Lunatic asylums Central Provinces reports 1910-1926 - 1910-1926
Year: 1910
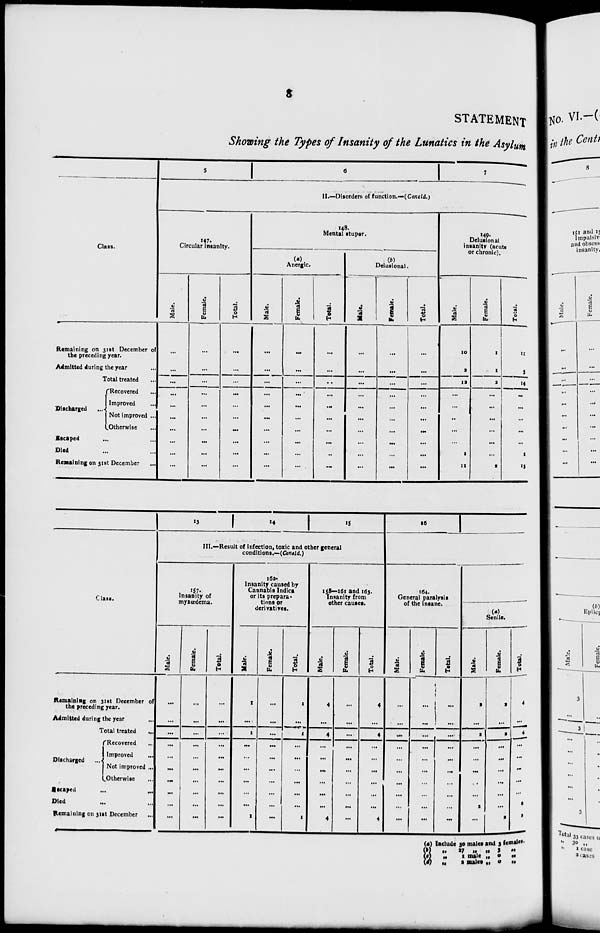
8
STATEMENT
Showing the Types of Insanity of the Lunatics in the Asylum
Class.
Remaining on 31st December of
the preceding year.
Admitted during the year ...
Total treated ...
Discharged
Recovered ...
Improved ...
Not improved ...
Otherwise ...
Escaped ... ...
Died ... ...
Remaining on 31st December
...
5
6
7
II.—Disorders of function.—(Concld.)
Circular insanity.
Male.
...
...
...
...
...
...
...
...
...
...
Female.
...
...
...
...
...
...
...
...
...
...
Total.
...
...
...
...
...
...
...
...
...
...
148.
Mental stupor.
(a)
Anergic.
Male.
...
...
...
...
...
...
...
...
...
...
Female.
...
...
...
...
...
...
...
...
...
...
Total.
...
...
...
...
...
...
...
...
..
...
(b)
Delusional.
Male
...
...
...
...
...
...
...
...
...
...
Female.
...
...
...
...
...
...
...
...
...
...
Total.
...
...
...
...
...
...
...
...
...
...
149.
Delusional
insanity (acute
or chronic).
Male.
10
2
12
...
...
...
...
...
1
11
Female.
1
1
2
...
...
...
...
...
...
2
Total.
11
3
14
...
...
...
...
...
1
13
Class.
Remaining on 31st December of
the preceding year.
Admitted during the year
...
Total treated ...
Discharged
Recovered ...
Improved
...
Not improved ...
Otherwise ...
Escaped ... ...
Died ... ...
Remaining on 31st December ...
13 14
15
III.—Result of infection, toxic and other general
conditions.—(Concld.)
Insanity of
myxœdema.
Male.
...
...
...
...
...
...
...
...
...
...
Female.
...
...
...
...
...
...
...
...
...
...
Total.
...
...
...
...
...
...
...
...
...
...
162-
Insanity caused by
Cannabis Indica
or its prepara-
tions or
derivatives.
Male.
1
...
1
...
...
...
...
...
...
1
Female.
...
...
...
...
...
...
...
...
...
...
Total.
1
...
1
...
...
...
...
...
...
1
158—161 and 163.
insanity from
other causes.
Male.
4
...
4
...
...
...
...
...
...
4
Female.
...
...
...
...
...
...
...
...
...
...
Total.
4
...
4
...
...
...
...
...
...
4
16
164.
General paralysis
of the insane.
Male.
...
...
...
...
...
...
...
...
...
...
Female.
...
...
...
...
...
...
...
...
...
...
Total.
...
...
...
...
...
...
...
...
...
...
(a)
Senile.
Male.
2
...
2
...
...
...
...
...
2
...
Female.
2
...
2
...
...
...
...
...
...
2
Total.
4
...
4
...
...
...
...
...
2
2
(a)
(b)
(c)
(d)
Include 30 males and 3 females.
„
27
„
„
3
„
„
1 male „ 0
„
„ 2 males „ 0
„